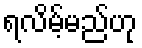
ရလိမ့်မည်ဟု